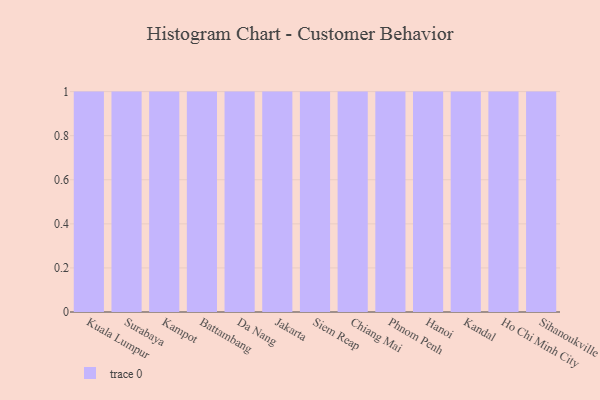
{"axis": {"x": "City", "y": "Latency (ms)"}, "legend": [""], "data": [{"x": "Kuala Lumpur", "y": 33, "type": ""}, {"x": "Surabaya", "y": 71, "type": ""}, {"x": "Kampot", "y": 19, "type": ""}, {"x": "Battambang", "y": 83, "type": ""}, {"x": "Da Nang", "y": 47, "type": ""}, {"x": "Jakarta", "y": 70, "type": ""}, {"x": "Siem Reap", "y": 4, "type": ""}, {"x": "Chiang Mai", "y": 56, "type": ""}, {"x": "Phnom Penh", "y": 11, "type": ""}, {"x": "Hanoi", "y": 87, "type": ""}, {"x": "Kandal", "y": 100, "type": ""}, {"x": "Ho Chi Minh City", "y": 95, "type": ""}, {"x": "Sihanoukville", "y": 94, "type": ""}]}